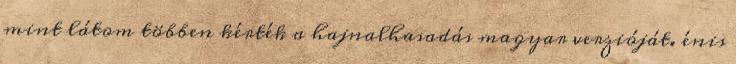
mint látom többen kérték a hajnalhasadás magyar verzióját. énis